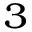
_ 3